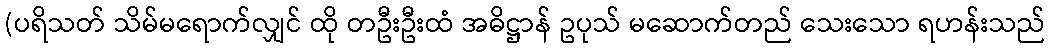
(ပရိသတ် သိမ်မရောက်လျှင် ထို တဦးဦးထံ အဓိဋ္ဌာန် ဥပုသ် မဆောက်တည် သေးသော ရဟန်းသည်